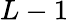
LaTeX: L-1